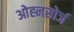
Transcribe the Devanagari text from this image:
ओह्नसोर्ज